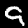
Label: 9